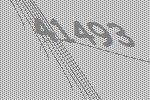
41493